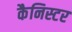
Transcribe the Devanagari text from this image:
कैनिस्टर